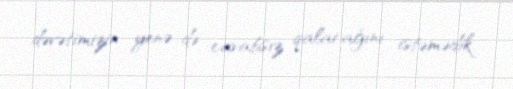
dəvətimizin yenə də cavabsız qalacağını istəmədik.